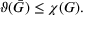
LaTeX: \vartheta ( { \bar { G } } ) \leq \chi ( G ) .